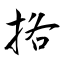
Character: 挌